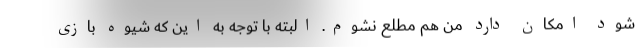
شود امکان دارد من هم مطلع نشوم. البته با توجه به این که شیوه بازی